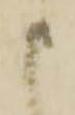
申